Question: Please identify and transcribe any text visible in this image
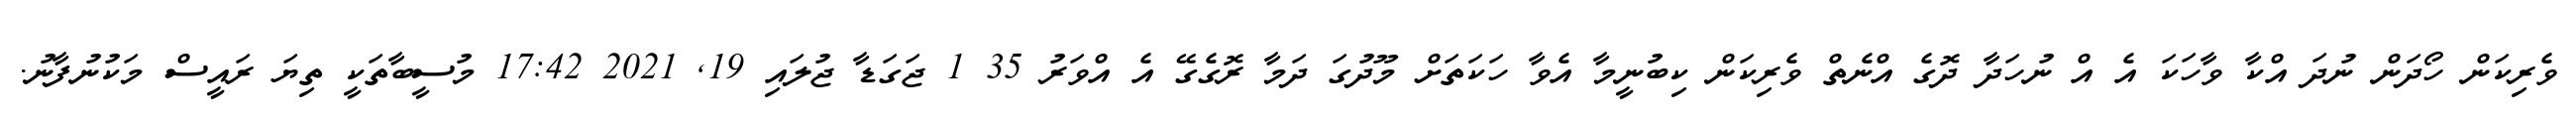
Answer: ވެރިކަން ހޯދަން ނުދަ އްކާ ވާހަކަ އެ އް ނުހަދާ ދޮގެ އްނެތް ވެރިކަން ކިބުނީމާ އެވާ ހަކަތަށް މޫދުގަ ދަމާ ރޮގެގޭ އެ އްވަރު 35 1 ޖަގަޑާ ޖުލައި 19, 2021 17:42 މުސީބާތަކީ ތިޔަ ރައީސް މަކުނުފާނު.